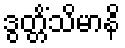
ဒွတ္တိံသိမာနိ